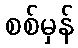
စစ်မှန်